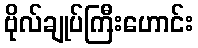
ဗိုလ်ချုပ်ကြီးဟောင်း